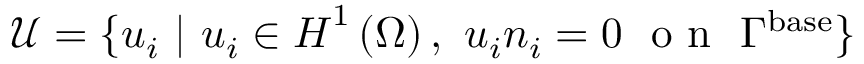
{ \boldsymbol { \mathcal { U } } = \{ u _ { i } \ | \ u _ { i } \in \boldsymbol { H } ^ { 1 } \left( \Omega \right) , \ u _ { i } n _ { i } = 0 \ \mathrm { ~ o ~ n ~ } \ \Gamma ^ { \mathrm { { b a s e } } } \} }